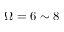
\Omega = 6 \sim 8